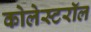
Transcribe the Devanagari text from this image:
कोलेस्टरॉल